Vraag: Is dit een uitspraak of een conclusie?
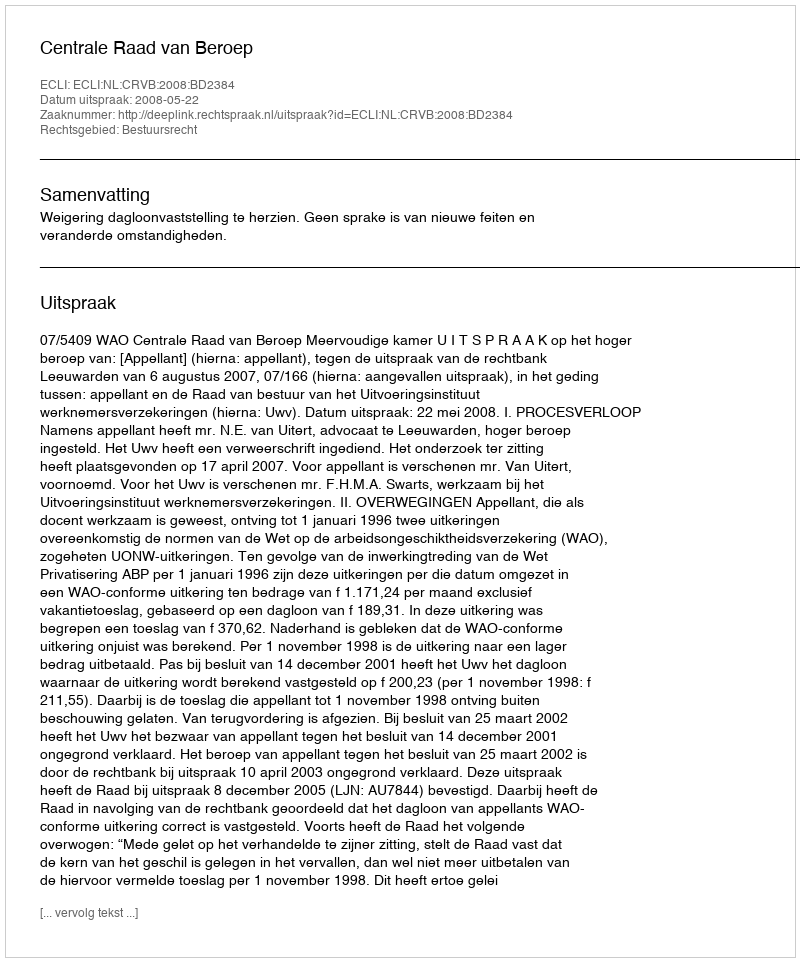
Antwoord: Uitspraak